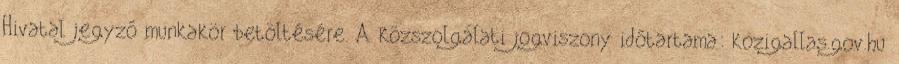
Hivatal jegyző munkakör betöltésére. A közszolgálati jogviszony időtartama: kozigallas.gov.hu